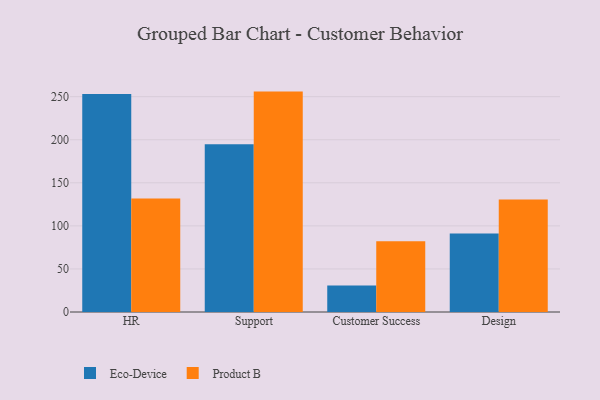
{"axis": {"x": "Department", "y": "Bounce Rate (%)"}, "legend": ["Eco-Device", "Product B"], "data": [{"x": "HR", "y": 253.0, "type": "Eco-Device"}, {"x": "HR", "y": 131.8, "type": "Product B"}, {"x": "Support", "y": 194.8, "type": "Eco-Device"}, {"x": "Support", "y": 255.9, "type": "Product B"}, {"x": "Customer Success", "y": 30.9, "type": "Eco-Device"}, {"x": "Customer Success", "y": 82.2, "type": "Product B"}, {"x": "Design", "y": 91.1, "type": "Eco-Device"}, {"x": "Design", "y": 130.5, "type": "Product B"}]}